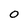
Character: 0